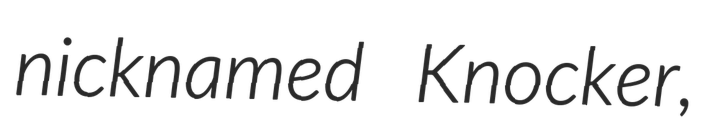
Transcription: nicknamed Knocker,